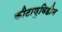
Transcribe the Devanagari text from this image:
कीटाणुविहीन